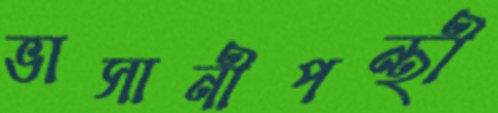
ভাসানীপন্থী